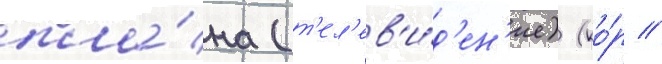
пла́на (т'ел'ев'и́д'ен'ие) (ко́р //